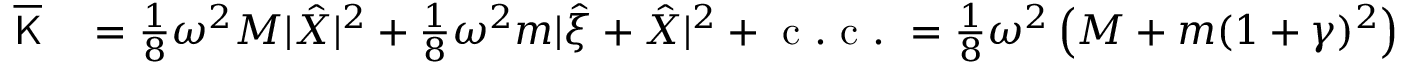
\begin{array} { r l } { \overline { { \mathsf { K } } } } & { { } = \frac { 1 } { 8 } \omega ^ { 2 } M | \hat { X } | ^ { 2 } + \frac { 1 } { 8 } \omega ^ { 2 } m | \hat { \xi } + \hat { X } | ^ { 2 } + \mathrm { ~ c ~ . ~ c ~ . ~ } = \frac { 1 } { 8 } \omega ^ { 2 } \left( M + m ( 1 + \gamma ) ^ { 2 } \right) | \hat { X } | ^ { 2 } + \mathrm { ~ c ~ . ~ c ~ . ~ } \, , } \end{array}